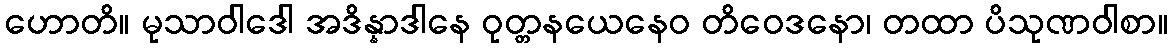
ဟောတိ။ မုသာဝါဒေါ အဒိန္နာဒါနေ ဝုတ္တနယေနေဝ တိဝေဒနော၊ တထာ ပိသုဏဝါစာ။